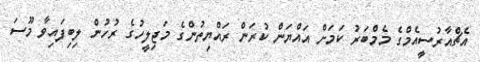
އެޗްއާރުސީއެމްގެ މެމްބަރު ކަމަށް އައްޔަން ކުރަން ރައްޔިތުންގެ މަޖިލީހުގެ ރުހުން ލިބިފައިވާ މޫސަ